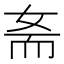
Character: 𡜚